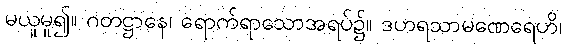
မယူမူ၍။ ဂတဋ္ဌာနေ၊ ရောက်ရာသောအရပ်၌။ ဒဟရသာမဏေရေဟိ၊